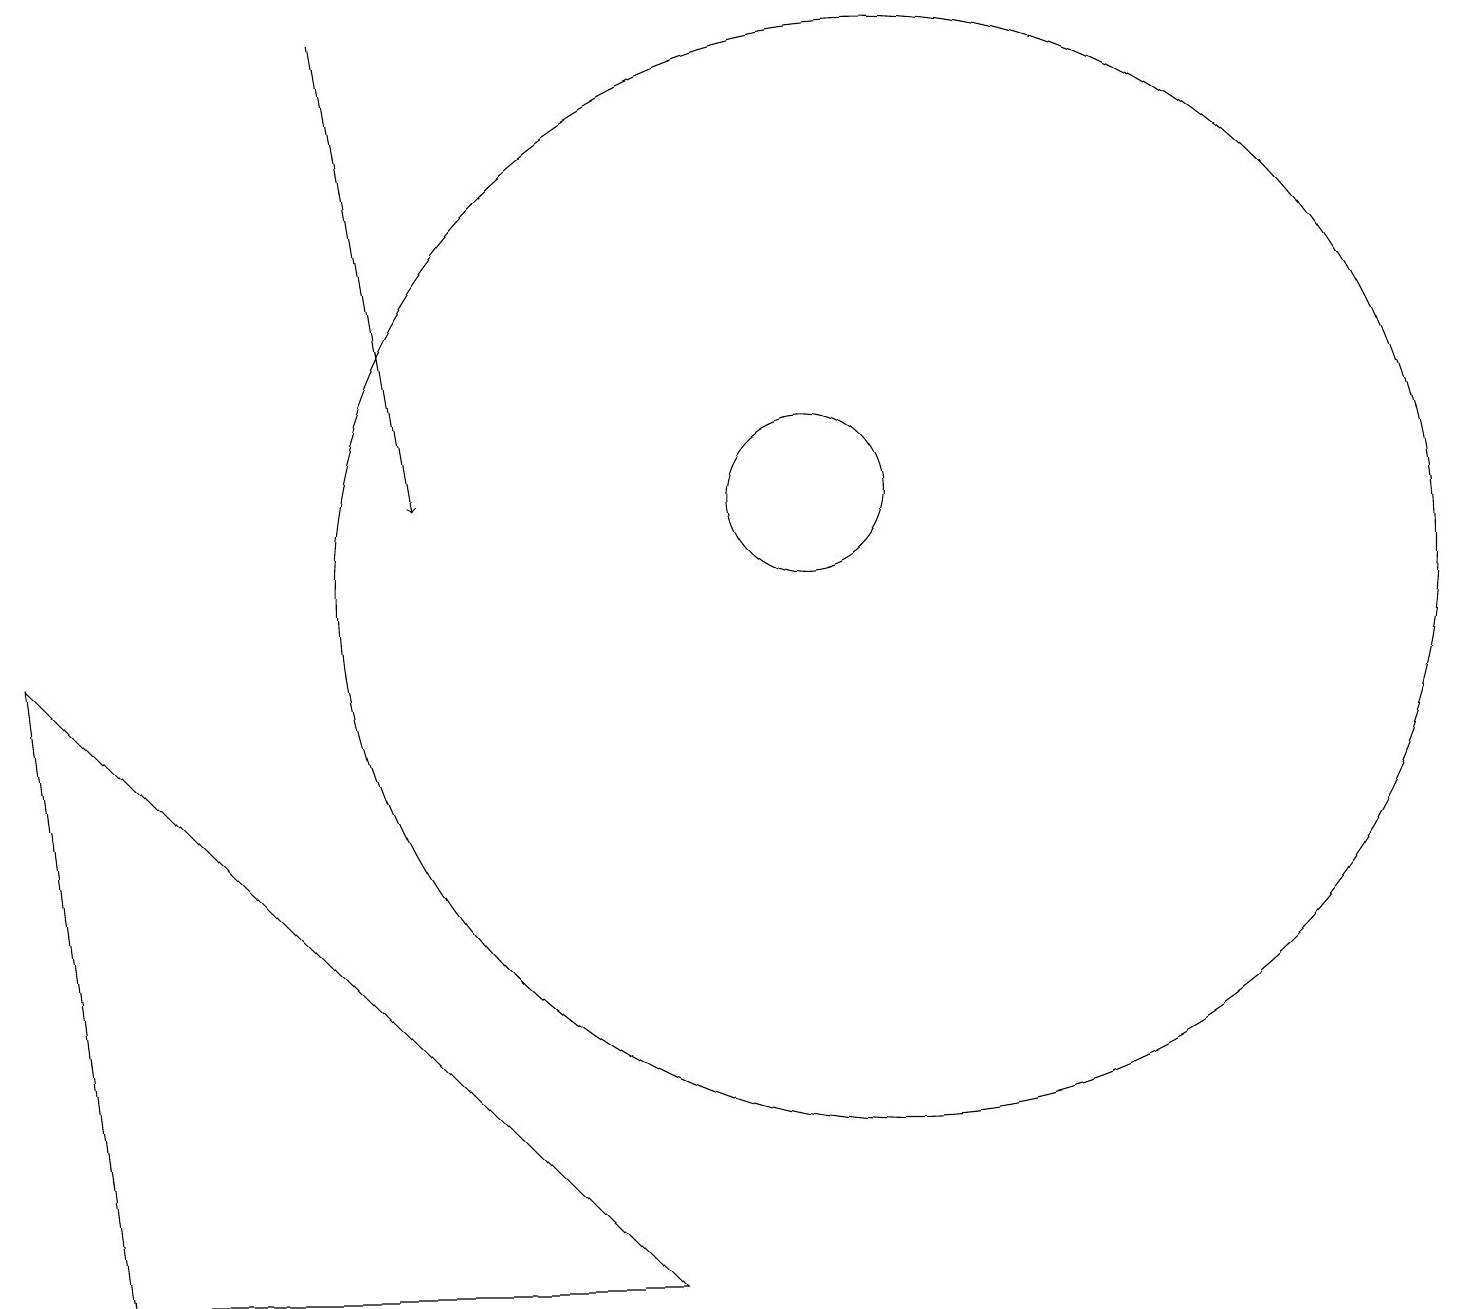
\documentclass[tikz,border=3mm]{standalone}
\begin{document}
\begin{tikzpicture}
\draw[->] (4,17) -- (5,11);
\draw (10,11) circle (1);
\draw (11,10) circle (7);
\draw (1,1) -- (8,1) -- (0,9) -- cycle;
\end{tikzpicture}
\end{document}